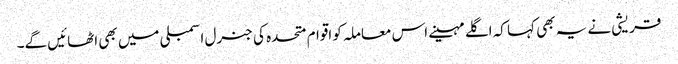
قریشی نے یہ بھی کہا کہ اگلے مہینے اس معاملہ کو اقوام متحدہ کی جنرل اسمبلی میں بھی اٹھائیں گے۔